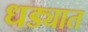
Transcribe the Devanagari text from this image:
धड्यात